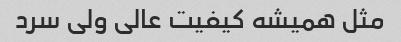
مثل همیشه کیفیت عالی ولی سرد